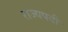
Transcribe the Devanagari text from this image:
राज्यपदी